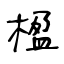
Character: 楹